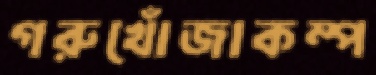
গরুখোঁজাকম্প